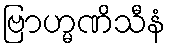
ဗြာဟ္မဏိသီနံ